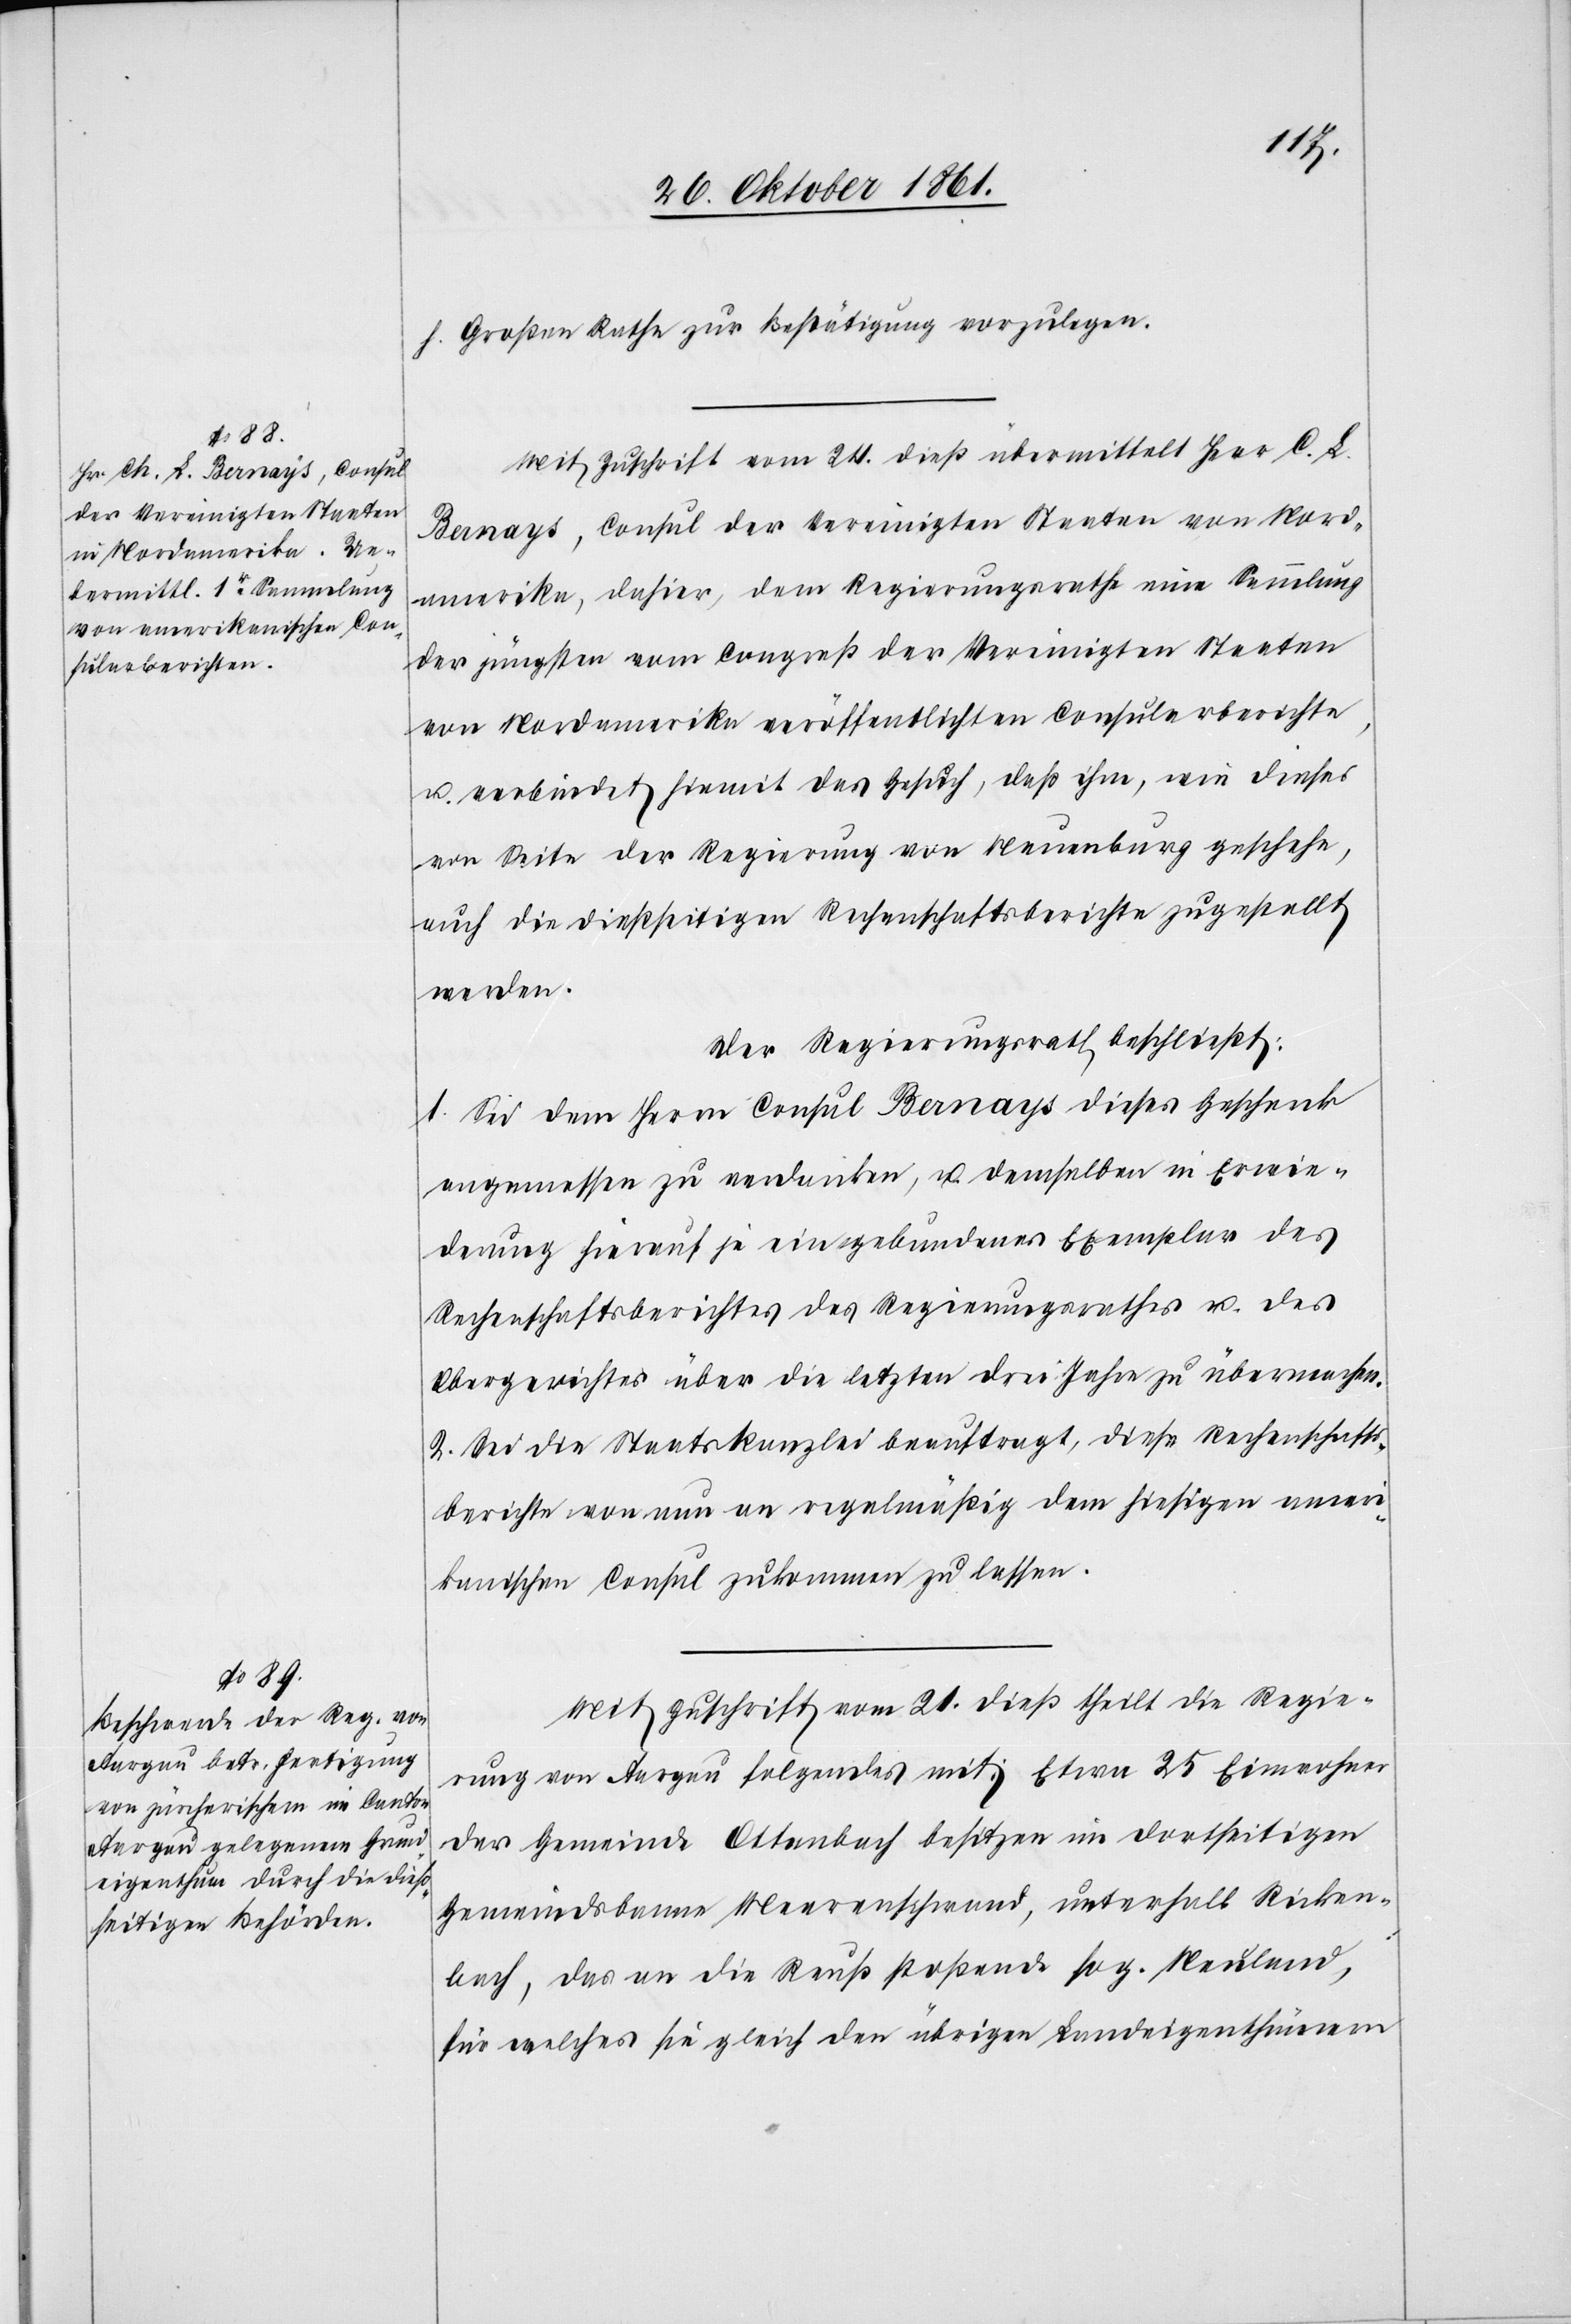
h. Großen Rathe zur Bestätigung vorzulegen.
Mit Zuschrift vom 24 dieß übermittelt Herr C. L.
Bernays, Consul der Vereinigten Staaten von Nord¬
amerika, dahier, dem Regierungsrathe eine Sammlung
der jüngsten vom Congreß der Vereinigten Staaten
von Nordamerika veröffentlichten Consularberichte,
u. verbindet hiemit das Gesuch, daß ihm, wie dieses
von Seite der Regierung von Neuenburg geschehe,
auch die dießseitigen Rechenschaftsberichte zugestellt
werden.
Der Regierungsrath beschließt:
1. Sei dem Herrn Consul Bernays dieses Geschenk
angemessen zu verdanken, u. demselben in Erwie¬
derung hierauf je ein gebundenes Exemplar des
Rechenschaftsberichtes des Regierungsrathes u. des
Obergerichtes über die letzten drei Jahre zu übermachen.
2. Sei die Staatskanzlei beauftragt, diese Rechenschafts¬
berichte von nun an regelmäßig dem hiesigen ameri¬
kanischen Consul zukommen zu lassen.
Mit Zuschrift vom 21 dieß theilt die Regie¬
rung von Aargau folgendes mit: Etwa 25 Einwohner
der Gemeinde Ottenbach besitzen im dortseitigen
Gemeindsbanne Meerenschwand, unterhalb Ricken¬
bach, das an die Reuß stoßende sog. Neuland,
für welches sie gleich den übrigen Landeigenthümern